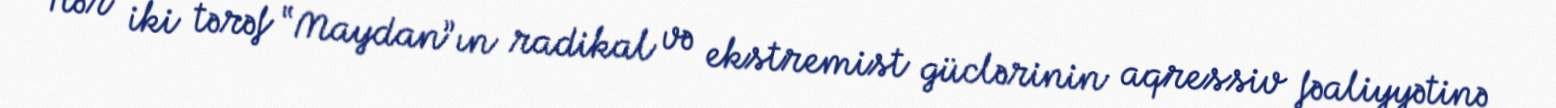
Hər iki tərəf “Maydan”ın radikal və ekstremist güclərinin aqressiv fəaliyyətinə